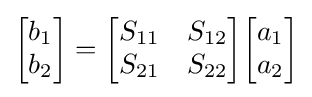
{\begin{bmatrix}b_{1}\\b_{2}\end{bmatrix}}={\begin{bmatrix}S_{11}&S_{12}\\S_{21}&S_{22}\end{bmatrix}}{\begin{bmatrix}a_{1}\\a_{2}\end{bmatrix}}